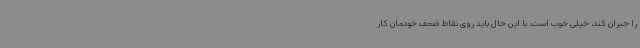
را جبران کند، خیلی خوب است. با این حال باید روی نقاط ضعف خودمان کار